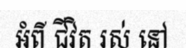
អំពី ជីវិត រស់ នៅ